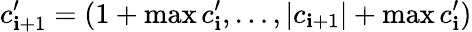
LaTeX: c_{\mathbf{i}+1}^{\prime}=(1+\operatorname*{max}{c_{\mathbf{i}}^{\prime}},\ldots,\left|{c_{\mathbf{i}+1}}\right|+\operatorname*{max}{c_{\mathbf{i}}^{\prime}})